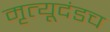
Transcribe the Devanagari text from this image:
मृत्यूदंडच